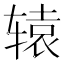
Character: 辕